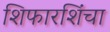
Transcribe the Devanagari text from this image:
शिफारशिंचा